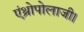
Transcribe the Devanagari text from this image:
एंथ्रोपोलाजी।